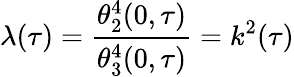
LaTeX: \lambda(\tau)={\frac{\theta_{2}^{4}(0,\tau)}{\theta_{3}^{4}(0,\tau)}}=k^{2}(\tau)